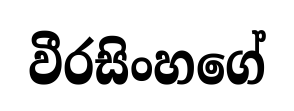
වීරසිංහගේ